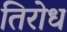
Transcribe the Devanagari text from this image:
तिरोध